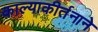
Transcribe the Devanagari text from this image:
काल्याकीर्तनाने